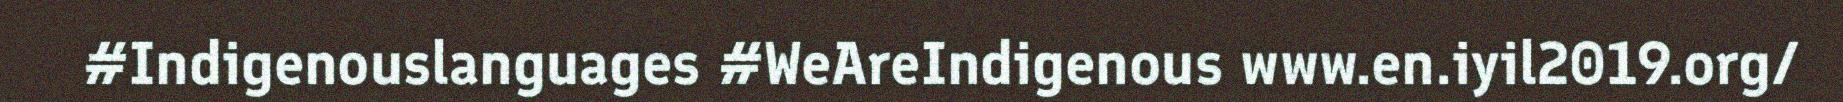
#Indigenouslanguages #WeAreIndigenous www.en.iyil2019.org/